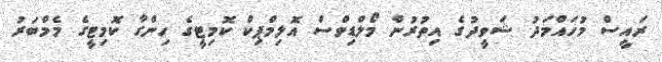
ރައީސް މުހައްމަދު ޝަވީދުގެ އިތުރުން މޯލްޑިވްސް އޮލިމްޕިކް ކޮމިޓީގެ ހިންގާ ކޮމިޓީގެ މެމްބަރު